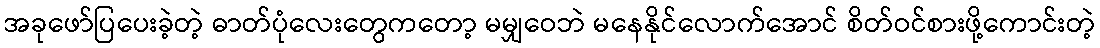
အခုဖော်ပြပေးခဲ့တဲ့ ဓာတ်ပုံလေးတွေကတော့ မမျှဝေဘဲ မနေနိုင်လောက်အောင် စိတ်ဝင်စားဖို့ကောင်းတဲ့